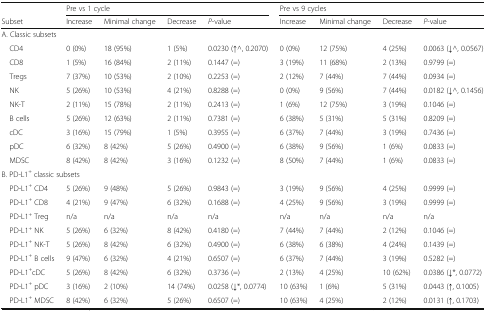
<table><thead><tr><td></td><td colspan="4"><b>Pre vs 1 cycle</b></td><td colspan="4"><b>Pre vs 9 cycles</b></td></tr><tr><td><b>Subset</b></td><td><b>Increase</b></td><td><b>Minimal change</b></td><td><b>Decrease</b></td><td><b><i>P</i>-value</b></td><td><b>Increase</b></td><td><b>Minimal change</b></td><td><b>Decrease</b></td><td><b><i>P</i>-value</b></td></tr></thead><tbody><tr><td colspan="9">A. Classic subsets</td></tr><tr><td> CD4</td><td>0 (0%)</td><td>18 (95%)</td><td>1 (5%)</td><td>0.0230 (↑^, 0.2070)</td><td>0 (0%)</td><td>12 (75%)</td><td>4 (25%)</td><td>0.0063 (↓^, 0.0567)</td></tr><tr><td> CD8</td><td>1 (5%)</td><td>16 (84%)</td><td>2 (11%)</td><td>0.1447 (=)</td><td>3 (19%)</td><td>11 (68%)</td><td>2 (13%)</td><td>0.9799 (=)</td></tr><tr><td> Tregs</td><td>7 (37%)</td><td>10 (53%)</td><td>2 (10%)</td><td>0.2253 (=)</td><td>2 (12%)</td><td>7 (44%)</td><td>7 (44%)</td><td>0.0934 (=)</td></tr><tr><td> NK</td><td>5 (26%)</td><td>10 (53%)</td><td>4 (21%)</td><td>0.8288 (=)</td><td>0 (0%)</td><td>9 (56%)</td><td>7 (44%)</td><td>0.0182 (↓^, 0.1456)</td></tr><tr><td> NK-T</td><td>2 (11%)</td><td>15 (78%)</td><td>2 (11%)</td><td>0.2413 (=)</td><td>1 (6%)</td><td>12 (75%)</td><td>3 (19%)</td><td>0.1046 (=)</td></tr><tr><td> B cells</td><td>5 (26%)</td><td>12 (63%)</td><td>2 (11%)</td><td>0.7381 (=)</td><td>6 (38%)</td><td>5 (31%)</td><td>5 (31%)</td><td>0.8209 (=)</td></tr><tr><td> cDC</td><td>3 (16%)</td><td>15 (79%)</td><td>1 (5%)</td><td>0.3955 (=)</td><td>6 (37%)</td><td>7 (44%)</td><td>3 (19%)</td><td>0.7436 (=)</td></tr><tr><td> pDC</td><td>6 (32%)</td><td>8 (42%)</td><td>5 (26%)</td><td>0.4900 (=)</td><td>6 (38%)</td><td>9 (56%)</td><td>1 (6%)</td><td>0.0833 (=)</td></tr><tr><td> MDSC</td><td>8 (42%)</td><td>8 (42%)</td><td>3 (16%)</td><td>0.1232 (=)</td><td>8 (50%)</td><td>7 (44%)</td><td>1 (6%)</td><td>0.0833 (=)</td></tr><tr><td colspan="9">B. PD-L1<sup>+</sup> classic subsets</td></tr><tr><td> PD-L1<sup>+</sup> CD4</td><td>5 (26%)</td><td>9 (48%)</td><td>5 (26%)</td><td>0.9843 (=)</td><td>3 (19%)</td><td>9 (56%)</td><td>4 (25%)</td><td>0.9999 (=)</td></tr><tr><td> PD-L1<sup>+</sup> CD8</td><td>4 (21%)</td><td>9 (47%)</td><td>6 (32%)</td><td>0.1688 (=)</td><td>4 (25%)</td><td>9 (56%)</td><td>3 (19%)</td><td>0.9999 (=)</td></tr><tr><td> PD-L1<sup>+</sup> Treg</td><td>n/a</td><td>n/a</td><td>n/a</td><td>n/a</td><td>n/a</td><td>n/a</td><td>n/a</td><td>n/a</td></tr><tr><td> PD-L1<sup>+</sup> NK</td><td>5 (26%)</td><td>6 (32%)</td><td>8 (42%)</td><td>0.4180 (=)</td><td>7 (44%)</td><td>7 (44%)</td><td>2 (12%)</td><td>0.1046 (=)</td></tr><tr><td> PD-L1<sup>+</sup> NK-T</td><td>5 (26%)</td><td>8 (42%)</td><td>6 (32%)</td><td>0.4900 (=)</td><td>6 (38%)</td><td>6 (38%)</td><td>4 (24%)</td><td>0.1439 (=)</td></tr><tr><td> PD-L1<sup>+</sup> B cells</td><td>9 (47%)</td><td>6 (32%)</td><td>4 (21%)</td><td>0.6507 (=)</td><td>6 (37%)</td><td>7 (44%)</td><td>3 (19%)</td><td>0.5282 (=)</td></tr><tr><td> PD-L1<sup>+</sup>cDC</td><td>5 (26%)</td><td>8 (42%)</td><td>6 (32%)</td><td>0.3736 (=)</td><td>2 (13%)</td><td>4 (25%)</td><td>10 (62%)</td><td>0.0386 (↓*, 0.0772)</td></tr><tr><td> PD-L1<sup>+</sup> pDC</td><td>3 (16%)</td><td>2 (10%)</td><td>14 (74%)</td><td>0.0258 (↓*, 0.0774)</td><td>10 (63%)</td><td>1 (6%)</td><td>5 (31%)</td><td>0.0443 (↑, 0.1005)</td></tr><tr><td> PD-L1<sup>+</sup> MDSC</td><td>8 (42%)</td><td>6 (32%)</td><td>5 (26%)</td><td>0.6507 (=)</td><td>10 (63%)</td><td>4 (25%)</td><td>2 (12%)</td><td>0.0131 (↑, 0.1703)</td></tr></tbody></table>